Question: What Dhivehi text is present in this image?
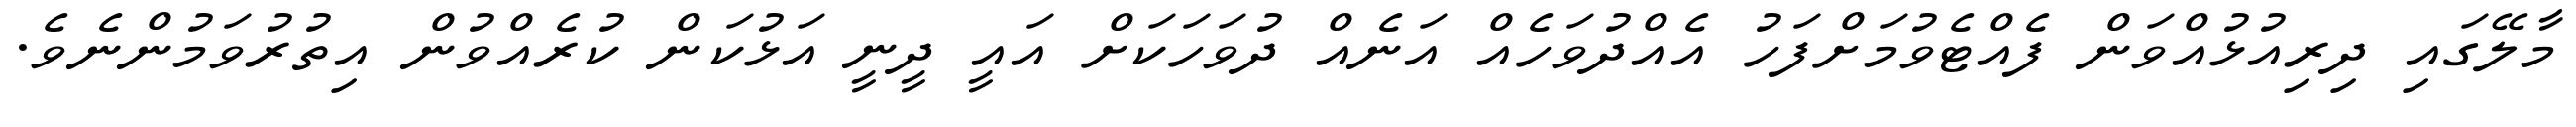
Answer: މާލޭގައި ދިރިއުޅުއްވަން ފެއްޓެވުމަށްފަހު އެއްދުވަހެއް އަނެއް ދުވަހަކަށް އައީ ދީނީ އަޅުކަން ކުރެއްވުން އިތުރުވަމުންނެވެ.